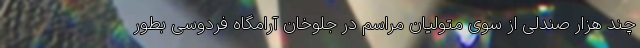
چند هزار صندلی از سوی متولیان مراسم در جلوخان آرامگاه فردوسی بطور